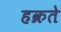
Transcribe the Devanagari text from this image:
हक्रते